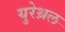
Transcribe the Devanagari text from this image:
युरेथ्रल